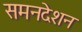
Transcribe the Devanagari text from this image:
समनदेशन